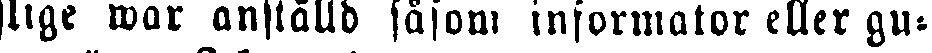
slige war anställd såsom informator eller gu-